Vital statistics of India. Vol. IV, Annual returns from 1871 to 1876. British Army of India, Native Army and jails of Bengal
Year: 1871
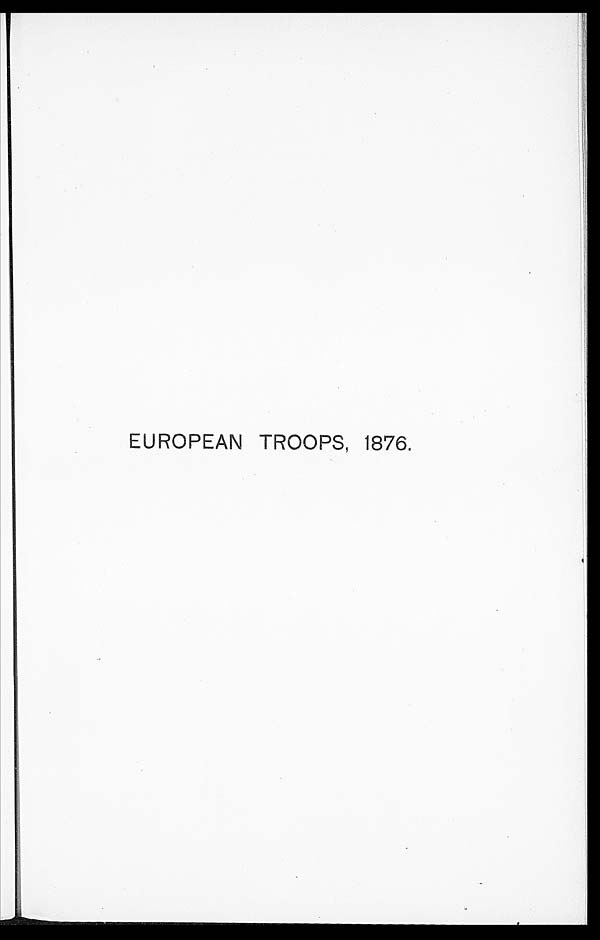
EUROPEAN TROOPS, 1876.